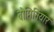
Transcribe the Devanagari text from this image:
बोमिनियार